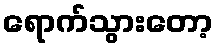
ရောက်သွားတော့